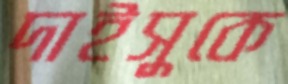
দাইসুকে